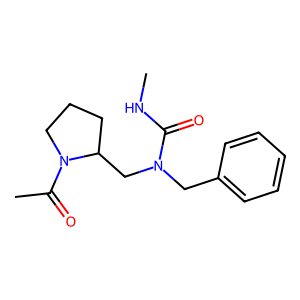
SMILES: CNC(=O)N(Cc1ccccc1)CC1CCCN1C(C)=O
Inhibits HIV replication: No